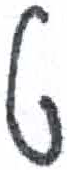
אות: ט